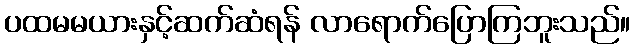
ပထမမယားနှင့်ဆက်ဆံရန် လာရောက်ပြောကြဘူးသည်။